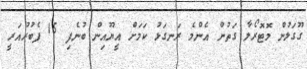
ގޫގަލުން މޮޓޮރޯލާ ގަތުން އެންމެ ރަނގަޅު ކަމަށް އީޔޫއިން ބުނެފި 15 ފެބުރުއަރީ